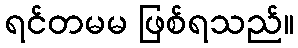
ရင်တမမ ဖြစ်ရသည်။